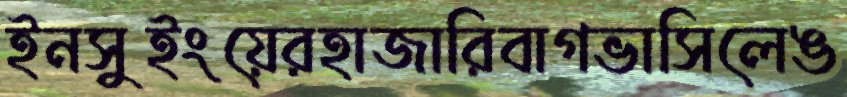
ইনসুইংয়েরহাজারিবাগভাসিলেঙ